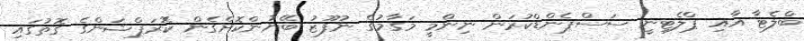
ބްލެޓާ އާއި ޕްލެޓިނީ ސަސްޕެންޑްކުރަން ނިންމީ މަގާމުގެ ނުފޫޒު ބޭނުންކޮށްގެން ކޮރަޕްޝަންގެ ގޮތުގައި